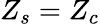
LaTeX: Z_{s}=Z_{c}